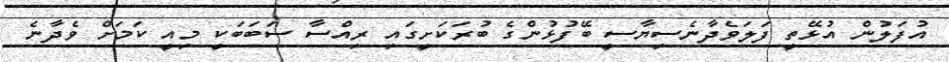
އުފަލުން އުޅޭތީ ފަލަވެދާނެސިޔާސީ ބޭފުޅުންގެ ބުރަކަށީގައި ރިއްސާ ސަބަބަކީ މިއީ ކަމަށް ވެދާނެ